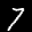
Label: 7